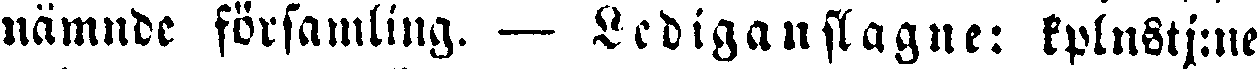
nämnde församling. — Lediganslagne: kplnstj:ne